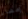
إمضاء